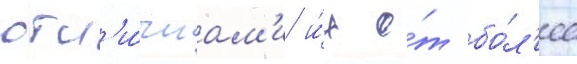
отл'и́чиам'и и́х о́т бо́л'ее